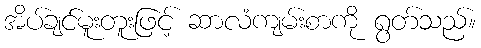
အိပ်ချင်မူးတူးဖြင့် ဆာလံကျမ်းစာကို ရွတ်သည်။